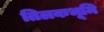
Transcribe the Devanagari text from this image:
तिलकभूमि